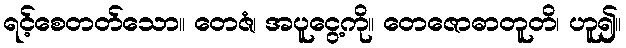
ရင့်စေတတ်သော။ တေဇံ၊ အပူငွေ့ကို။ တေဇောဓာတူတိ၊ ဟူ၍။